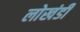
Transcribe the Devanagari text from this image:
लाेखंडी